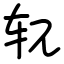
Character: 𫐄